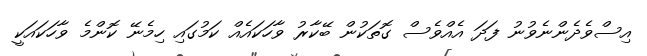
އިސްވެދެންނެވުނު ފަދަ އެއްވެސް ގޮތަކުން ބޭކާރު ވާހަކައެއް ކަމުގައި ހިމެނޭ ކޮންމެ ވާހަކައަކީ